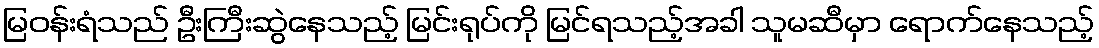
မြဝန်းရံသည် ဦးကြီးဆွဲနေသည့် မြင်းရုပ်ကို မြင်ရသည့်အခါ သူမဆီမှာ ရောက်နေသည့်